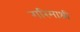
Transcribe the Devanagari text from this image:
गरिमाश्री